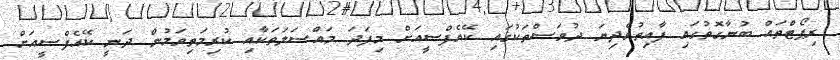
ރިޕޯޓްތައް ބުނާގޮތުގައި ފާއިތުވެދިޔަ ދުވަސްތަކުގައި ކޭއެފްސީއަށް މިފަދަ މައްސަލަތަކާއި ކުރިމަތިވަމުން ދަނީ ކޭއެފްސީއަށް